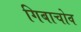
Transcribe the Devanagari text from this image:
गिबाचोव